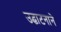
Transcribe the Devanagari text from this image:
उद्घाटनाने